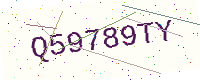
Text: Q59789TY